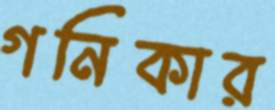
গনিকার